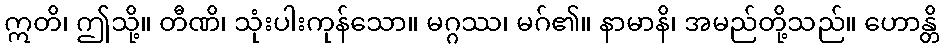
ဣတိ၊ ဤသို့။ တီဏိ၊ သုံးပါးကုန်သော။ မဂ္ဂဿ၊ မဂ်၏။ နာမာနိ၊ အမည်တို့သည်။ ဟောန္တိ